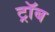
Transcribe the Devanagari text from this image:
ट्रॉब